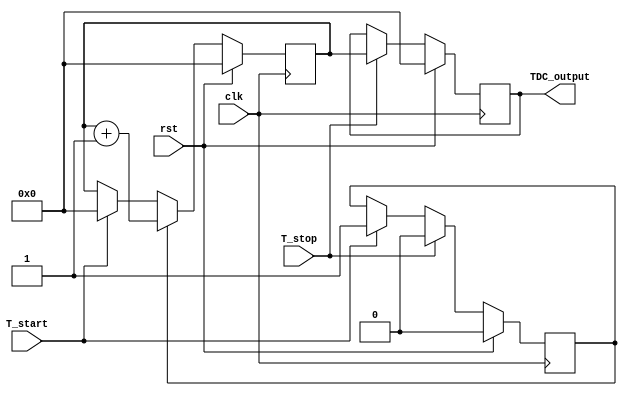
module TDC_Vernier_Delay_Lines (
    input wire clk,                // System clock
    input wire rst,                // Reset signal
    input wire T_start,            // Start signal
    input wire T_stop,             // Stop signal
    output reg [15:0] TDC_output    // Digital output of the TDC measurement
);

    // Parameters for delay lines
    parameter DELAY_COUNT = 16;    // Number of delay elements
    parameter DELAY_INCREMENT = 1;  // Increment of each delay element (in clock cycles)

    // Delay lines
    reg [DELAY_COUNT-1:0] ref_delay_line;      // Reference delay line
    reg [DELAY_COUNT-1:0] meas_delay_line;     // Measuring delay line
    reg [3:0] ref_index;                       // Reference line index
    reg [3:0] meas_index;                      // Measuring line index

    // Digital counter
    reg [15:0] counter;                       // Counter for measuring time difference
    reg counting;                             // Active counting signal

    // Comparator output
    wire ref_out;                             // Output of reference delay line
    wire meas_out;                            // Output of measuring delay line

    // Initialize the delay lines
    integer i;
    initial begin
        ref_delay_line = 0;
        meas_delay_line = 0;
        counter = 0;
        counting = 0;
        TDC_output = 0;
    end

    // Generate delay line outputs
    always @(posedge clk) begin
        if (rst) begin
            ref_delay_line <= 0;
            meas_delay_line <= 0;
        end else begin
            // Shift in reference delay
            ref_delay_line <= {ref_delay_line[DELAY_COUNT-2:0], T_start};

            // Shift in measuring delay
            meas_delay_line <= {meas_delay_line[DELAY_COUNT-2:0], T_stop};
        end
    end

    // Comparator logic to determine which signal arrives first
    assign ref_out = ref_delay_line[DELAY_COUNT-1];
    assign meas_out = meas_delay_line[DELAY_COUNT-1];

    // Counter and measurement logic
    always @(posedge clk) begin
        if (rst) begin
            counter <= 0;
            counting <= 0;
            TDC_output <= 0;
        end else begin
            if (T_start) begin
                counting <= 1;             // Start counting on T_start
                counter <= 0;              // Reset counter
            end

            if (counting) begin
                counter <= counter + 1;   // Increment counter
            end

            // Stop counting on T_stop
            if (T_stop) begin
                counting <= 0;             // Stop counting
                TDC_output <= counter;     // Capture the counter value
            end
        end
    end

endmodule